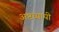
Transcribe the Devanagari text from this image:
अष्टध्यायी